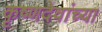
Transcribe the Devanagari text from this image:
कृष्णदेवांच्या